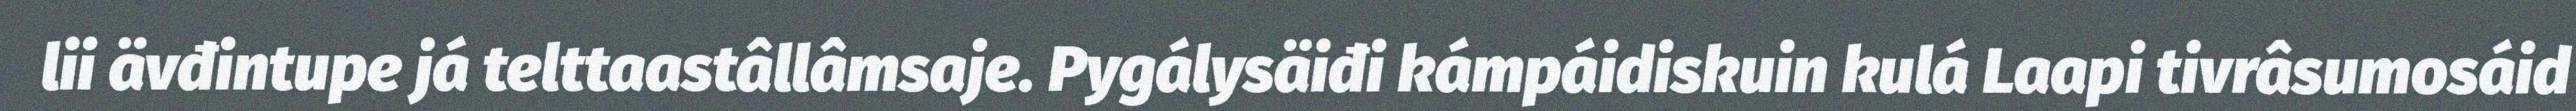
lii ävđintupe já telttaastâllâmsaje. Pygálysäiđi kámpáidiskuin kulá Laapi tivrâsumosáid